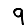
Digit: 9